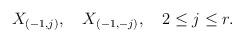
LaTeX: \begin{align*}X_{(-1,j)},\quad X_{(-1,-j)},\quad 2\leq j\leq r. \end{align*}